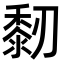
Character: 䵑